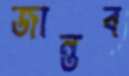
জান্তব